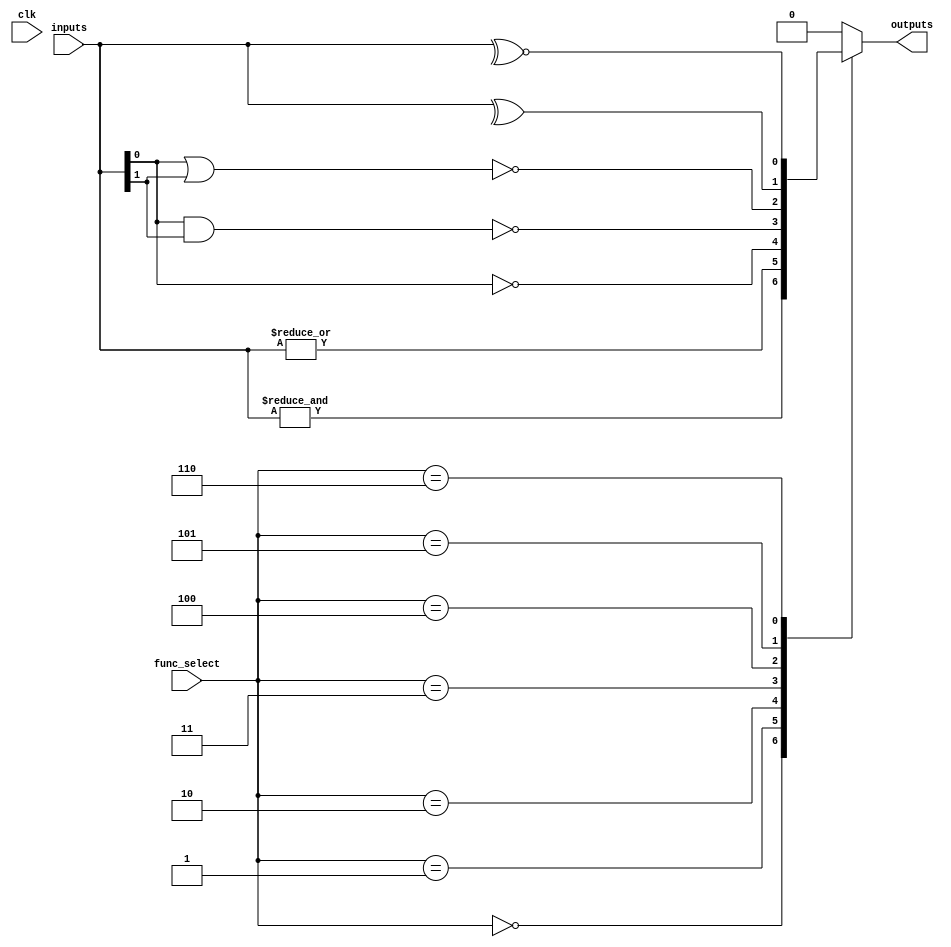
module comb_logic_block #(
    parameter N = 4,         // Number of inputs
    parameter M = 1          // Number of outputs
)(
    input  wire [N-1:0]    inputs,         // Input vector
    input  wire [2:0]       func_select,    // Function select control signals
    output reg  [M-1:0]     outputs,        // Output vector
    input  wire             clk              // Clock for potential dynamic configuration
);

    // Define function select codes
    localparam AND_FUNC     = 3'b000;
    localparam OR_FUNC      = 3'b001;
    localparam NOT_FUNC     = 3'b010;
    localparam NAND_FUNC    = 3'b011;
    localparam NOR_FUNC     = 3'b100;
    localparam XOR_FUNC     = 3'b101;
    localparam XNOR_FUNC    = 3'b110;
    
    // Combinational logic block
    always @(*) begin
        case (func_select)
            AND_FUNC: outputs = &inputs;                               // AND operation
            OR_FUNC:  outputs = |inputs;                               // OR operation
            NOT_FUNC: outputs = ~inputs[0];                           // NOT operation on the first input
            NAND_FUNC: outputs = ~(inputs[0] & inputs[1]);           // 2-input NAND (simplified)
            NOR_FUNC:  outputs = ~(inputs[0] | inputs[1]);           // 2-input NOR (simplified)
            XOR_FUNC:  outputs = ^inputs;                              // XOR operation
            XNOR_FUNC: outputs = ~^inputs;                             // XNOR operation
            default:   outputs = {M{1'b0}};                           // Default case
        endcase
    end

endmodule